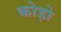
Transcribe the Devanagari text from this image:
कोड़ो